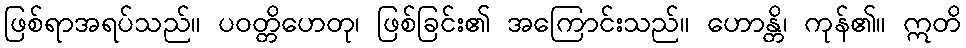
ဖြစ်ရာအရပ်သည်။ ပဝတ္တိဟေတု၊ ဖြစ်ခြင်း၏ အကြောင်းသည်။ ဟောန္တိ၊ ကုန်၏။ ဣတိ